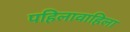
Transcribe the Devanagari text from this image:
पहिलावाहिला